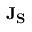
{ \bf { { J } } } _ { \bf { { S } } }